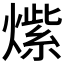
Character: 𱬒